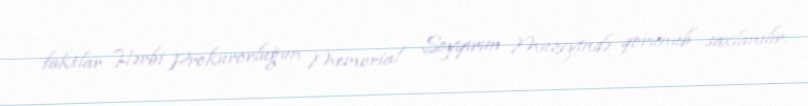
faktlar Hərbi Prokurorluğun Memorial Soyqırım Muzeyində qorunub saxlanılır.